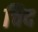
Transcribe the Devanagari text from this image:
चिद